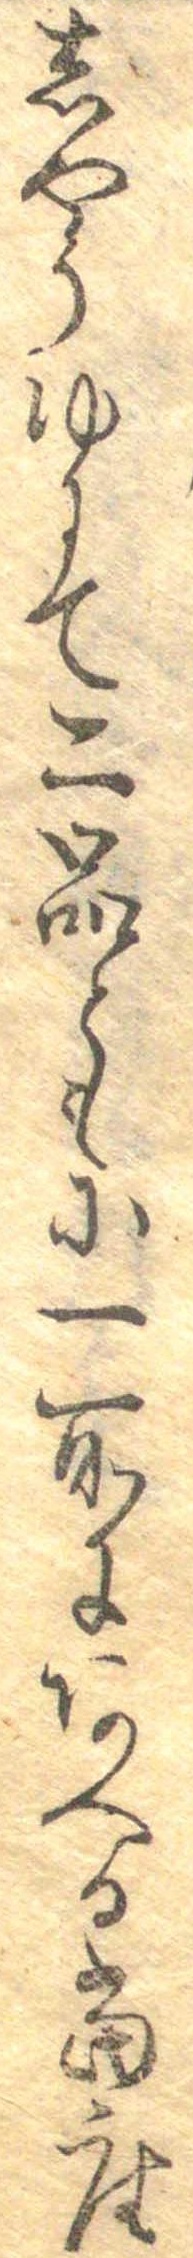
しやうゆにて二品ともに一所にあへる当座